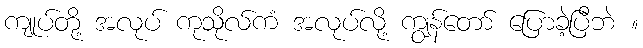
ကျုပ်တို့ အလုပ် ကုသိုလ်ကံ အလုပ်လို့ ကျွန်တော် ပြောခဲ့ပြီဘဲ ။